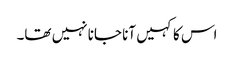
اس کا کہیں آنا جانا نہیں تھا۔